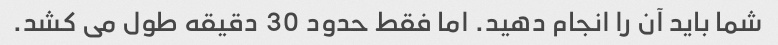
شما باید آن را انجام دهید. اما فقط حدود 30 دقیقه طول می کشد.